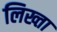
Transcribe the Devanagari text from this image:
लिख्ता